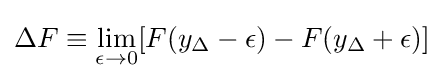
\Delta F\equiv \lim _{\epsilon \rightarrow 0}[F(y_{\Delta }-\epsilon )-F(y_{\Delta }+\epsilon )]